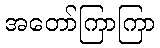
အတော်ကြာကြာ